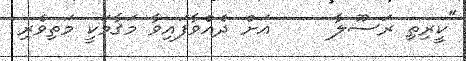
"ކީރިތި ރަސޫލާ     އަށް ދެއްވާފައިވާ މަޤާމަކީ މަތިވެރި